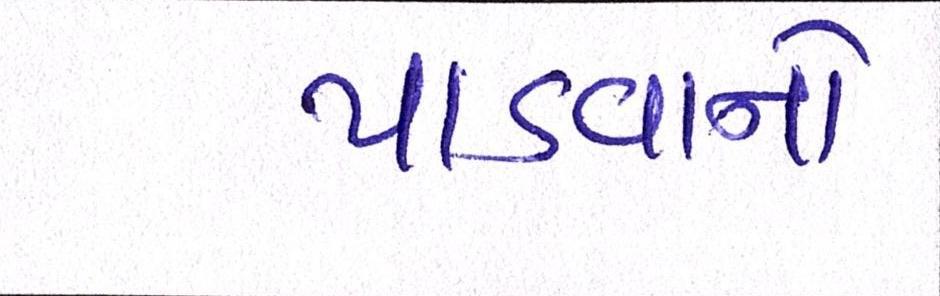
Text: પાડવાનો